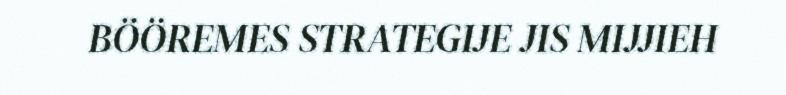
BÖÖREMES STRATEGIJE JIS MIJJIEH